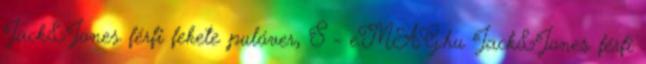
Jack&Jones férfi fekete pulóver, S - eMAG.hu Jack&Jones férfi